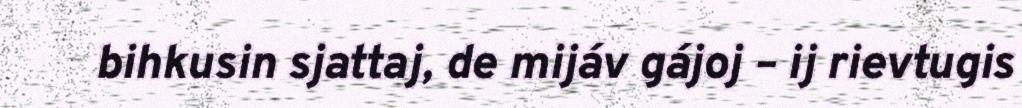
bihkusin sjattaj, de mijáv gájoj – ij rievtugis